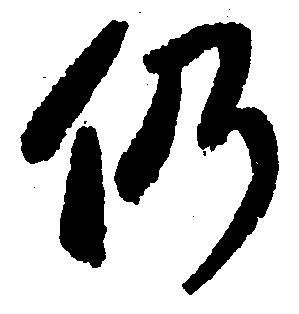
仍